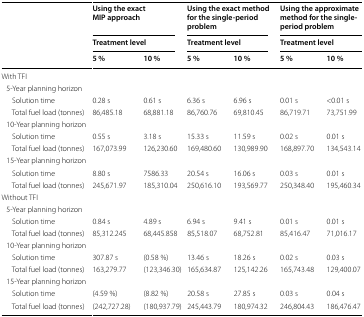
<table><thead><tr><td rowspan="3"></td><td colspan="2"><b>Using the exact MIP approach</b></td><td colspan="2"><b>Using the exact method for the single-period problem</b></td><td colspan="2"><b>Using the approximate method for the single-period problem</b></td></tr><tr><td colspan="2"><b>Treatment level</b></td><td colspan="2"><b>Treatment level</b></td><td colspan="2"><b>Treatment level</b></td></tr><tr><td><b>5 %</b></td><td><b>10 %</b></td><td><b>5 %</b></td><td><b>10 %</b></td><td><b>5 %</b></td><td><b>10 %</b></td></tr></thead><tbody><tr><td colspan="7">With TFI</td></tr><tr><td colspan="7"> 5-Year planning horizon</td></tr><tr><td>Solution time</td><td>0.28 s</td><td>0.61 s</td><td>6.36 s</td><td>6.96 s</td><td>0.01 s</td><td>&lt;0.01 s</td></tr><tr><td>Total fuel load (tonnes)</td><td>86,485.18</td><td>68,881.18</td><td>86,760.76</td><td>69,810.45</td><td>86,719.71</td><td>73,751.99</td></tr><tr><td colspan="7"> 10-Year planning horizon</td></tr><tr><td>Solution time</td><td>0.55 s</td><td>3.18 s</td><td>15.33 s</td><td>11.59 s</td><td>0.02 s</td><td>0.01 s</td></tr><tr><td>Total fuel load (tonnes)</td><td>167,073.99</td><td>126,230.60</td><td>169,480.60</td><td>130,989.90</td><td>168,897.70</td><td>134,543.14</td></tr><tr><td colspan="7"> 15-Year planning horizon</td></tr><tr><td>Solution time</td><td>8.80 s</td><td>7586.33</td><td>20.54 s</td><td>16.06 s</td><td>0.03 s</td><td>0.01 s</td></tr><tr><td>Total fuel load (tonnes)</td><td>245,671.97</td><td>185,310.04</td><td>250,616.10</td><td>193,569.77</td><td>250,348.40</td><td>195,460.34</td></tr><tr><td colspan="7">Without TFI</td></tr><tr><td colspan="7"> 5-Year planning horizon</td></tr><tr><td>Solution time</td><td>0.84 s</td><td>4.89 s</td><td>6.94 s</td><td>9.41 s</td><td>0.01 s</td><td>0.01 s</td></tr><tr><td>Total fuel load (tonnes)</td><td>85,312.245</td><td>68,445.858</td><td>85,518.07</td><td>68,752.81</td><td>85,416.47</td><td>71,016.17</td></tr><tr><td colspan="7"> 10-Year planning horizon</td></tr><tr><td>Solution time</td><td>307.87 s</td><td>(0.58 %)</td><td>13.46 s</td><td>18.26 s</td><td>0.02 s</td><td>0.03 s</td></tr><tr><td>Total fuel load (tonnes)</td><td>163,279.77</td><td>(123,346.30)</td><td>165,634.87</td><td>125,142.26</td><td>165,743.48</td><td>129,400.07</td></tr><tr><td colspan="7"> 15-Year planning horizon</td></tr><tr><td>Solution time</td><td>(4.59 %)</td><td>(8.82 %)</td><td>20.58 s</td><td>27.85 s</td><td>0.03 s</td><td>0.04 s</td></tr><tr><td>Total fuel load (tonnes)</td><td>(242,727.28)</td><td>(180,937.79)</td><td>245,443.79</td><td>180,974.32</td><td>246,804.43</td><td>186,476.47</td></tr></tbody></table>